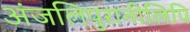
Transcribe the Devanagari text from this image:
अंजलिपुरानीलिपि